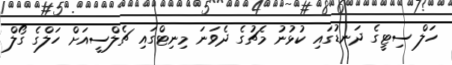
ހަލް ސިޓީގެ ދަނޑުގައި ކުޅުނު މެޗުގެ ދެވަނަ މިނިޓްގައި ޗެލްސީއަށް ހަލްގެ ގޯލް